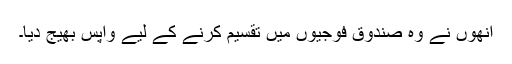
انھوں نے وہ صندوق فوجیوں میں تقسیم کرنے کے لیے واپس بھیج دیا۔